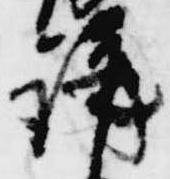
講